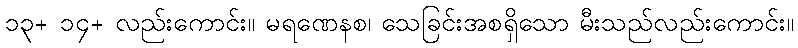
၁၃+ ၁၄+ လည်းကောင်း။ မရဏေနစ၊ သေခြင်းအစရှိသော မီးသည်လည်းကောင်း။